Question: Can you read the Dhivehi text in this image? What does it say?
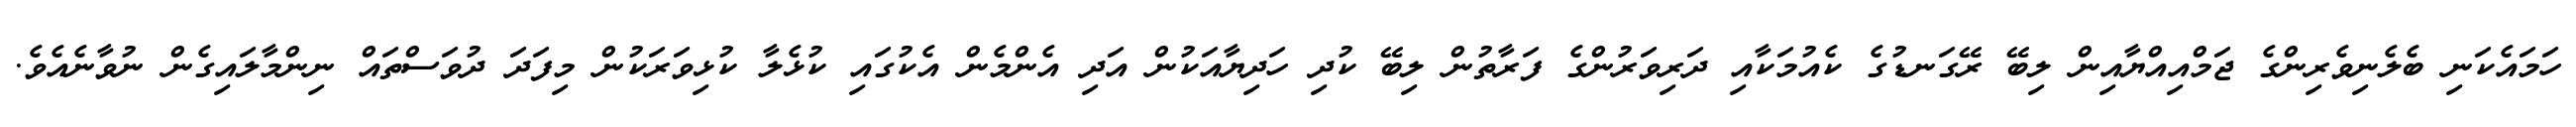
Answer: ހަމައެކަނި ބެލެނިވެރިންގެ ޖަމްއިއްޔާއިން ލިބޭ ރޭގަނޑުގެ ކެއުމަކާއި ދަރިވަރުންގެ ފަރާތުން ލިބޭ ކުދި ހަދިޔާއަކުން އަދި އެންމެން އެކުގައި ކުޅެލާ ކުޅިވަރަކުން މިފަދަ ދުވަސްތައް ނިންމާލައިގެން ނުވާނެއެވެ.